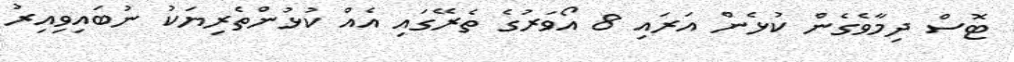
ޓޮސް ދިމާވެގެން ކުޅެން އަރައި 8 އޯވަރުގެ ތެރޭގައި އެއް ކުޅުންތެރިޔަކު ނުބައިވިއިރު